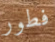
فطور